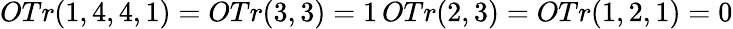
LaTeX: OTr(1,4,4,1)=OTr(3,3)=1\, OTr(2,3)=OTr(1,2,1)=0